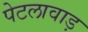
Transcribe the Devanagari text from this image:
पेटलावाड़